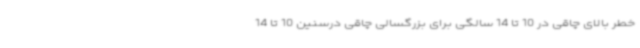
خطر بالای چاقی در 10 تا 14 سالگی برای بزرگسالی چاقی درسنین 10 تا 14